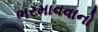
ભરમાવવાનો